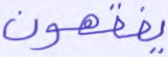
يفقهون